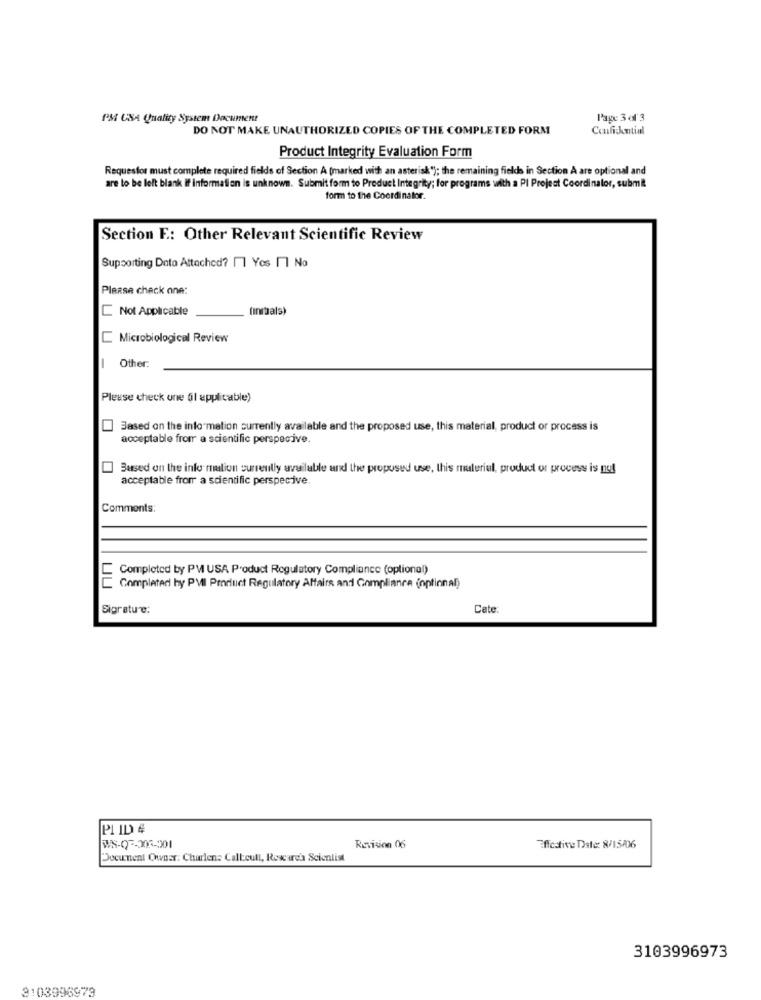
PM USA Quality System Document
l'age 3 of 3
DO NOT MAKE UNAUTHORIZED COPIES OF THE COMPLETED FORM
Confickntial
Product Integrity Evaluation Form
Requestor must complete required fields of Section A (marked with an asterisk"); the remaining fields in Section À are optional and
are to be left blank If information is unknown. Submit form to Product Integrity; for programs with a PI Project Coordinator, submit
form to the Coordinator.
Section F .: Other Relevant Scientific Review
Supporting Data Attached? 11 Yos 1 Na
Please check one:
Not Applicable
(initals)
Microbiological Review
-
Other:
Please check one (l applicable)
Based on the info mation currently available and the proposed use, this material, product or process is
acceptable from a scientific perspective.
Based on the info mation currently available and the proposed use, this material, product or process is nu!
acceptable from a scientific perspective.
Comments:
Completed by PM USA Product Regulatory Compliance (optional)
Completed hy PVII Pmrluct Regulatory Affairs and Compliance (optional)
Sigratue:
Cate:
PI ID #
WS-07-205-201
Revision 06
Effective Date: 8/15/06
Document Owner: Charlene Call.cull, Research Scientist
3103996973
3103996979